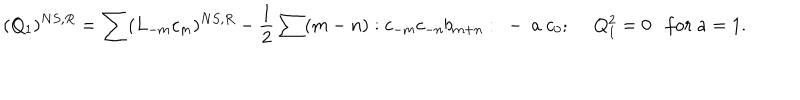
( Q _ { 1 } ) ^ { N S , R } = \sum ( L _ { - m } c _ { m } ) ^ { N S , R } - \frac { 1 } { 2 } \sum ( m - n ) : c _ { - m } c _ { - n } b _ { m + n } : ~ - ~ a ~ c _ { 0 } ; ~ ~ Q _ { 1 } ^ { 2 } = 0 f o r ~ a = 1 .